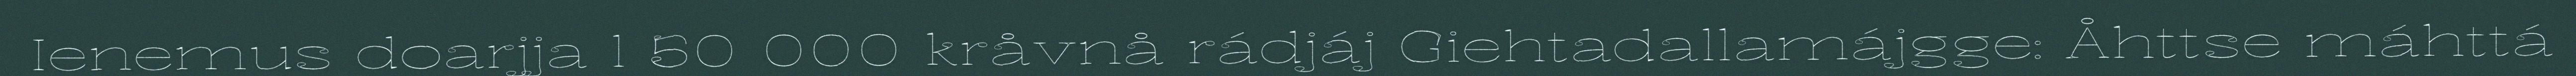
Ienemus doarjja l 50 000 kråvnå rádjáj Giehtadallamájgge: Åhttse máhttá